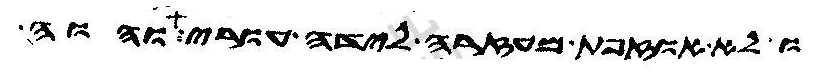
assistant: ולא אוזפת מעזרה לידה עורי והוה